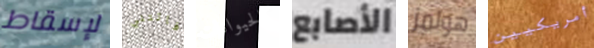
لإسقاط فاتتني كالحيوانات الأصابع هولمز أمريكيين